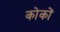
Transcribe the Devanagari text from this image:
कोकों